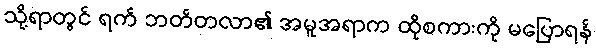
သို့ရာတွင် ရက် ဘတ်တလာ၏ အမူအရာက ထိုစကားကို မပြောရန်